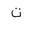
Letter: _ta